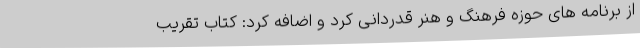
از برنامه های حوزه فرهنگ و هنر قدردانی کرد و اضافه کرد: کتاب تقریب